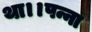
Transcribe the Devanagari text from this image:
था।।पन्ना